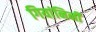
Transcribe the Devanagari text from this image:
गियांनिनी